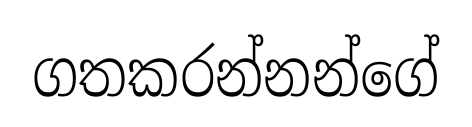
ගතකරන්නන්ගේ